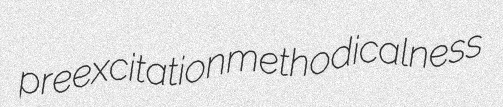
preexcitation methodicalness